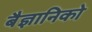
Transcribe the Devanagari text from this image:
बैज्ञानिको